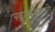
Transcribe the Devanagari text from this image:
खटकनेवाली